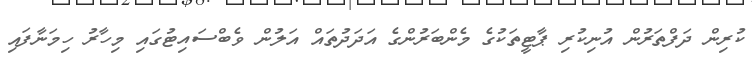
ކުރިން ދަފްތަރުން އުނިކުރި ޕާޓީތަކުގެ މެންބަރުންގެ އަދަދުތައް އަލުން ވެބްސައިޓުގައި މިހާރު ހިމަނާފައި